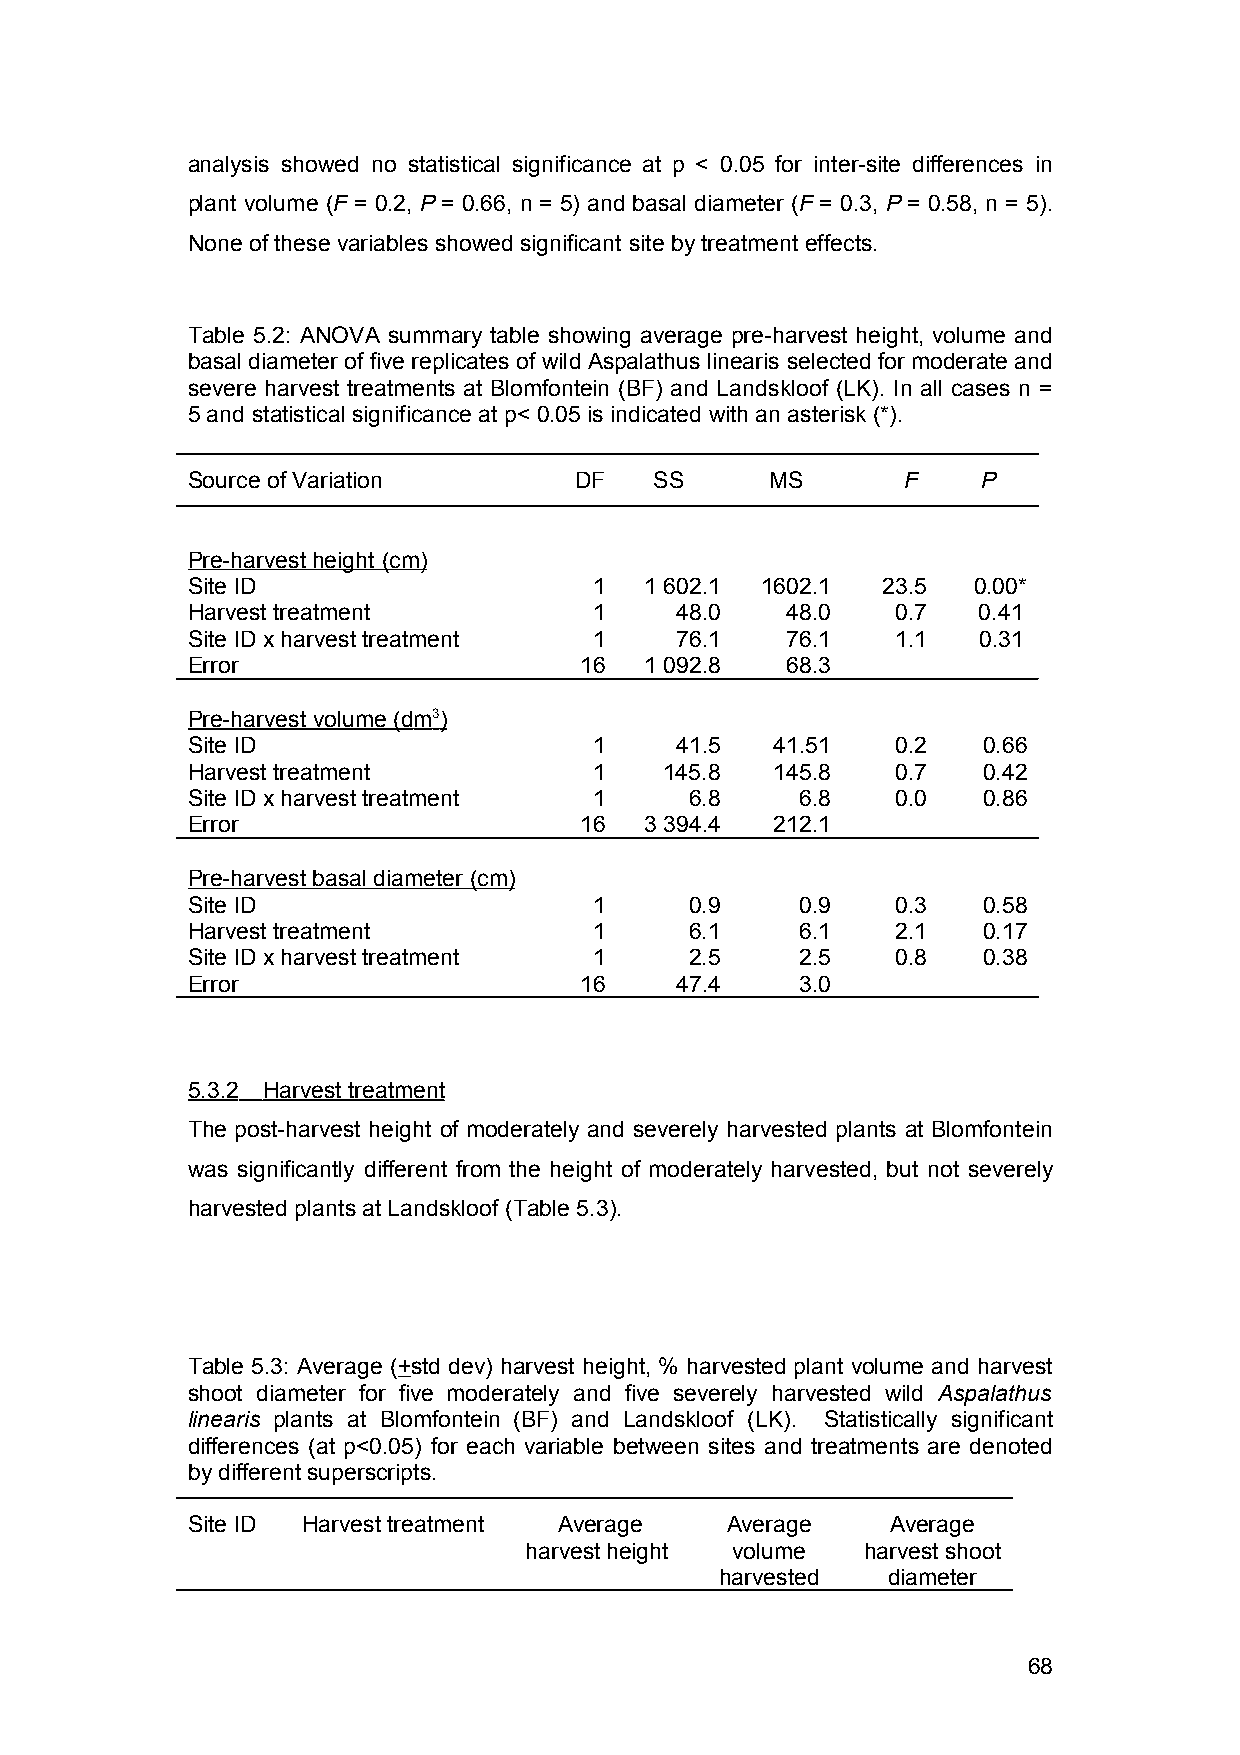
analysis showed no statistical significance at p < 0.05 for inter-site differences in
 plant volume (F = 0.2, P = 0.66, n = 5) and basal diameter (F = 0.3, P = 0.58, n = 5).
 None of these variables showed significant site by treatment effects.
 Table 5.2: ANOVA summary table showing average pre-harvest height, volume and
 basal diameter of five replicates of wild Aspalathus linearis selected for moderate and
 severe harvest treatments at Blomfontein (BF) and Landskloof (LK). In all cases n =
 5 and statistical significance at p< 0.05 is indicated with an asterisk (*).
 Source of Variation       DF   SS      MS       F    P
 Pre-harvest height (cm)
 Site ID                    1   1 602.1 1602.1 23.5  0.00*
 Harvest treatment          1     48.0   48.0   0.7   0.41
 Site ID x harvest treatment 1    76.1   76.1   1.1   0.31
 Error                     16   1 092.8  68.3
 Pre-harvest volume (d m 3 )
 Site ID                    1     41.5  41.51   0.2   0.66
 Harvest treatment          1    145.8  145.8   0.7   0.42
 Site ID x harvest treatment 1     6.8    6.8   0.0   0.86
 Error                     16   3 394.4 212.1
 Pre-harvest basal diameter (cm)
 Site ID                    1      0.9    0.9   0.3   0.58
 Harvest treatment          1      6.1    6.1   2.1   0.17
 Site ID x harvest treatment 1     2.5    2.5   0.8   0.38
 Error                     16     47.4    3.0
 5.3.2 Harvest treatmen t
 The post-harvest height of moderately and severely harvested plants at Blomfontein
 was significantly different from the height of moderately harvested, but not severely
 harvested plants at Landskloof (Table 5.3).
 Table 5.3: Average (+std dev) harvest height, % harvested plant volume and harvest
 shoot diameter for five moderately and five severely harvested wild Aspalathus
 linearis plants at Blomfontein (BF) and Landskloof (LK). Statistically significant
 differences (at p<0.05) for each variable between sites and treatments are denoted
 by different superscripts.
 Site ID Harvest treatment Average   Average    Average
 harvest height volume harvest shoot
 harvested  diameter
 68